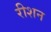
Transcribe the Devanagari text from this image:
रीशन